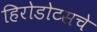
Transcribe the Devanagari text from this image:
हिरोडोटसचे